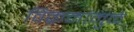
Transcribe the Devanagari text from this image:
विक्रमांमुळे